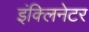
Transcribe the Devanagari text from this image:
इंक्लिनेटर